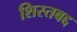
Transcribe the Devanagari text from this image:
शिस्तबद्द